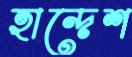
হান্দেশ